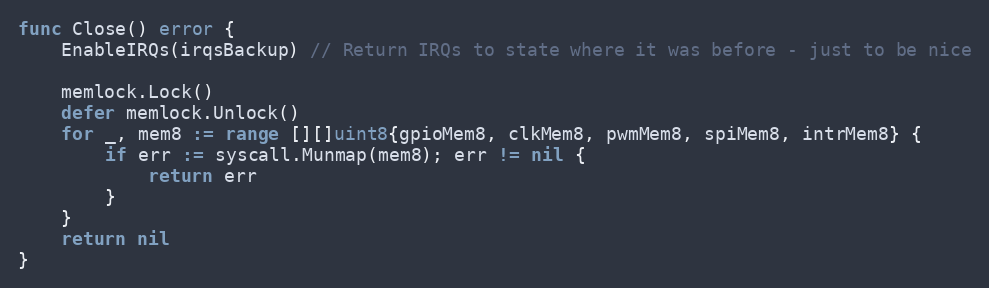
Language: Go
func Close() error {
	EnableIRQs(irqsBackup) // Return IRQs to state where it was before - just to be nice

	memlock.Lock()
	defer memlock.Unlock()
	for _, mem8 := range [][]uint8{gpioMem8, clkMem8, pwmMem8, spiMem8, intrMem8} {
		if err := syscall.Munmap(mem8); err != nil {
			return err
		}
	}
	return nil
}